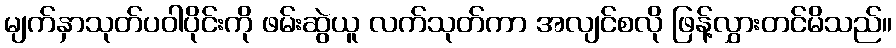
မျက်နှာသုတ်ပဝါပိုင်းကို ဖမ်းဆွဲယူ လက်သုတ်ကာ အလျင်စလို ဖြန့်လွှားတင်မိသည်။